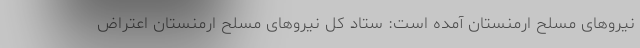
نیروهای مسلح ارمنستان آمده است: ستاد کل نیروهای مسلح ارمنستان اعتراض